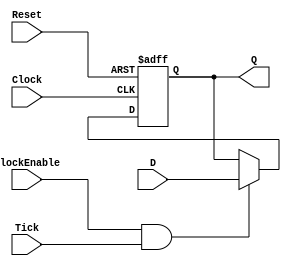
/******************************************************************************
 ** Logisim goes FPGA automatic generated Verilog code                       **
 **                                                                          **
 ** Component : REGISTER_FLIP_FLOP                                           **
 **                                                                          **
 ******************************************************************************/

module REGISTER_FLIP_FLOP( Clock,
                           ClockEnable,
                           D,
                           Reset,
                           Tick,
                           Q);

   /***************************************************************************
    ** Here all module parameters are defined with a dummy value             **
    ***************************************************************************/
   parameter ActiveLevel = 1;
   parameter NrOfBits = 1;


   /***************************************************************************
    ** Here the inputs are defined                                           **
    ***************************************************************************/
   input  Clock;
   input  ClockEnable;
   input[NrOfBits-1:0]  D;
   input  Reset;
   input  Tick;

   /***************************************************************************
    ** Here the outputs are defined                                          **
    ***************************************************************************/
   output[NrOfBits-1:0] Q;

   /***************************************************************************
    ** Here the internal registers are defined                               **
    ***************************************************************************/
   reg[NrOfBits-1:0] s_state_reg;
   reg[NrOfBits-1:0] s_state_reg_neg_edge;

   assign Q = (ActiveLevel) ? s_state_reg : s_state_reg_neg_edge;

   always @(posedge Clock or posedge Reset)
   begin
      if (Reset) s_state_reg <= 0;
      else if (ClockEnable&Tick) s_state_reg <= D;
   end

   always @(negedge Clock or posedge Reset)
   begin
      if (Reset) s_state_reg_neg_edge <= 0;
      else if (ClockEnable&Tick) s_state_reg_neg_edge <= D;
   end

endmodule